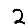
Digit: 2